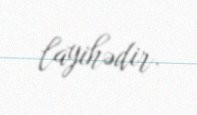
layihədir.